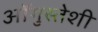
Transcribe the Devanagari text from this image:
ऑगुस्तेशी